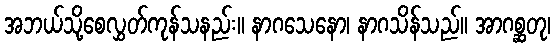
အဘယ်သို့စေလွှတ်ကုန်သနည်း။ နာဂသေနော၊ နာဂသိန်သည်။ အာဂစ္ဆတု၊